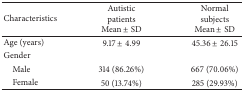
| Characteristics | Autistic patients Mean ± SD | Normal subjects Mean ± SD |
 | --- | --- | --- |
 | Age (years) | 9.17 ± 4.99 | 45.36 ± 26.15 |
 | Gender |  |  |
 | Male | 314 (86.26%) | 667 (70.06%) |
 | Female | 50 (13.74%) | 285 (29.93%) |